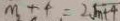
m + 4 = 2 \sqrt { m + 4 }